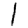
Digit: 1